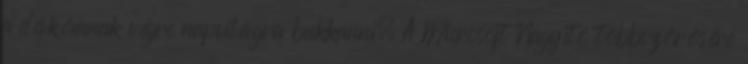
a dákómnak végre napvilágra bukkanni. A Microsoft Nagyító többszörösére